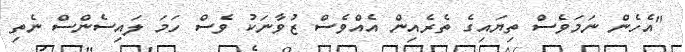
"އެހެން ނަމަވެސް ތިޔައިގެ ތެރެއިން އެއްވެސް ޒުވާނަކު ވެސް ހަމަ ލައިސެންސް ނެތި